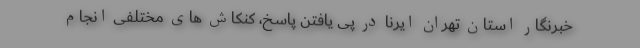
خبرنگار استان تهران ایرنا در پی یافتن پاسخ، کنکاش های مختلفی انجام